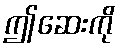
ဤဆေးကို